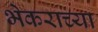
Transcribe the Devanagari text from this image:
भेकराच्या